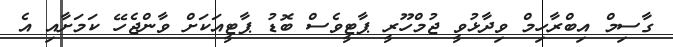
ގާސިމް އިބްރާހިމް ވިދާޅުވީ ޖުމްހޫރީ ޕާޓީވެސް ބޮޑު ޕާޓީއަކަށް ވާންޖެހޭ ކަމަށާއި އެ